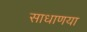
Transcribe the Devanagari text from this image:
साधाणया